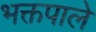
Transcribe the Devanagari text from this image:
भक्तपाले